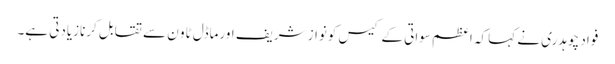
فواد چوہدری نے کہا کہ اعظم سواتی کے کیس کونواز شریف اورماڈل ٹاو ن سے تقابل کرنازیادتی ہے۔